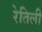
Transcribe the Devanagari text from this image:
रेतिली